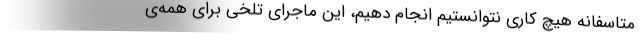
متاسفانه هیچ کاری نتوانستیم انجام دهیم، این ماجرای تلخی برای همه‌ی